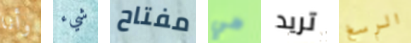
وأنا شيء مفتاح هي تريد الرسغ